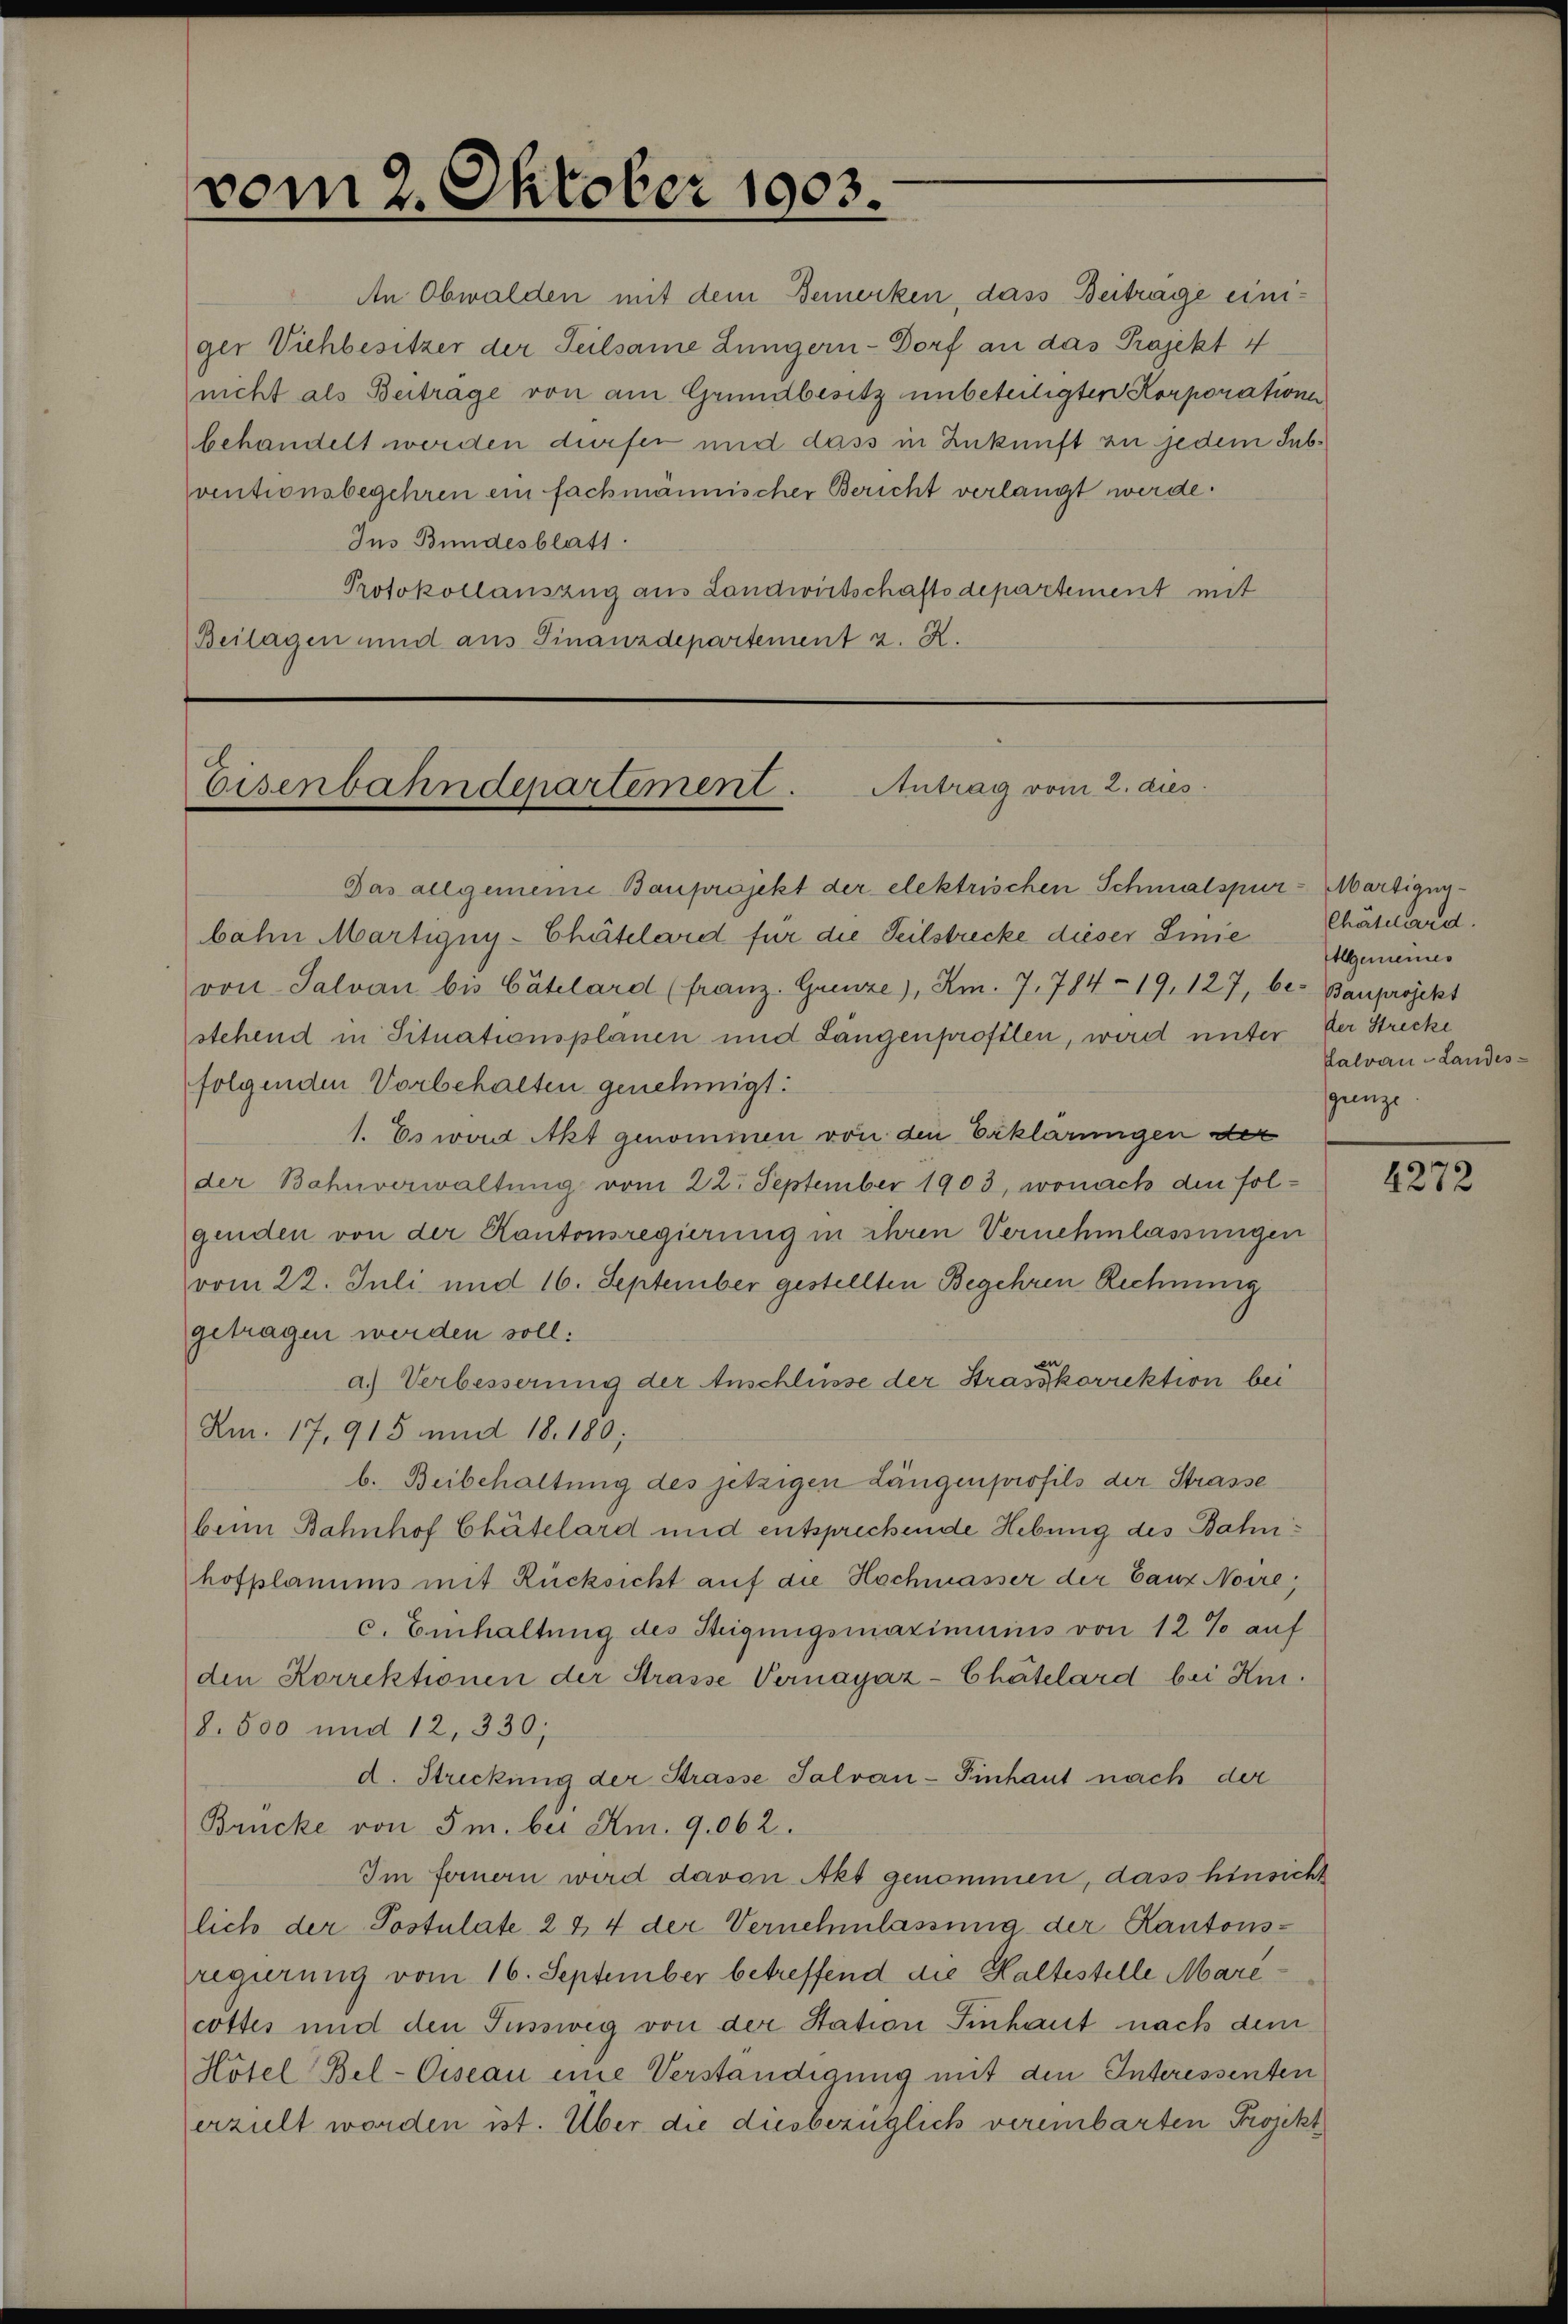
vom 2. Oktober 1903.

An Obwalden mit dem Bemerken, dass Beiträge einiger Viehbesitzer der Seilsame Lungern-Dorf an das Projekt 4
nicht als Beitrage von am Grundbesitz unbeteiligten Korporatione
behandelt werden dürfen und dass in Zukunft zu jedem Subventionsbegehren ein fachmännischer Bericht verlangt werde.
Ins Bundesblatt
Protokollauszug aus Landwirtschaftsdepartement mit
Beilagen und aus Finanzdepartement z. R.

Antrag vom 2. dies
Eisenbahndepartement.

Das allgemeine Bauprojekt der elektrischen Schmalspur- Martigny-
bahn Martigny-Chätelard für die Teilstrecke dieser Linie
von Salvan bis Cätelard (franz. Grenze), Km. 7. 784 - 19, 127, be- Bauprojekt
stehend in Situationsplanen und Längenprofilen, wird unter der Strecke
folgenden Vorbehalten genehmigt:
1. Es wart Akt genommen von den Erklärungen der
der Bahnverwaltung vom 22. September 1903, wonach den folgenden von der Kantonsregierung in ihren Vernehmlassungen
vom 22. Juli und 16. September gestellten Begehren Rechnung
getragen werden soll:
a.) Verbesserung der Anschlüsse der Strasskorrektion bei
Am. 17, 915 und 18. 180;
b. Beibehaltung des jetzigen Längenprofils der Strasse
beim Bahnhof Chätelard und entsprechende Hebung des Bahnhofplanums mit Rücksicht auf die Hochmasser der Bauz Noire,
c. Einhaltung des Steigungsmaximums von 12 % auf
den Korrektionen der Strasse Vernayáz-Chätelard bei Kni
8. 500 und 12, 330,
d. Streckung der Strasse Salvan-Finhaut nach der
Brücke von 5 m. bei Am. 9.062.
Im fernern wird davon Akt genommen, dass hinsicht
lich der Postulate 2 & 4 der Vernehmlassung der Kantonsregierung vom 16. September betreffend die Kaltestelle Marecottes nid den Fussweg von der Station Einhaut nach dem
Hösel Bel-Ciseau eine Verständigung mit den Interessenten
erzult worden ist. Über die diesbezüglich vereinbarten Projekt

Chätchard.
Allgemeines
Lalvan - Landes-
grenze

4272